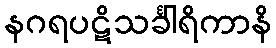
နဂရပဋိသင်္ခါရိကာနိ